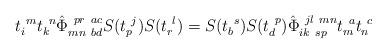
LaTeX: \begin{align*}t_{i}^{~m}t_{k}^{~n}\hat{\Phi}_{mn~bd}^{~pr~ac}S(t_{p}^{~j})S(t_{r}^{~l})=S(t_{b}^{~s})S(t_{d}^{~p})\hat{\Phi}_{ik~sp}^{~jl~mn}t_{m}^{~a}t_{n}^{~c}\end{align*}